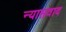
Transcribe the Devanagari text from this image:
न्यासवाद